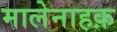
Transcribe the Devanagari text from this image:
मालेनाहक़